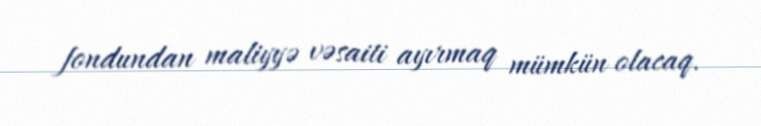
fondundan maliyyə vəsaiti ayırmaq mümkün olacaq.